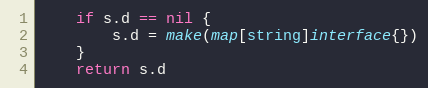
Language: Go
	if s.d == nil {
		s.d = make(map[string]interface{})
	}
	return s.d